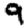
Digit: 9